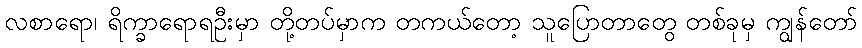
လစာရော၊ ရိက္ခာရောရဦးမှာ တို့တပ်မှာက တကယ်တော့ သူပြောတာတွေ တစ်ခုမှ ကျွန်တော်